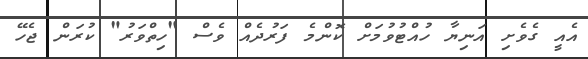
އެއީ ގެވެށި އަނިޔާ ހުއްޓުވުމަށް ކޮންމެ ފަރުދެއް ވެސް "ހިތްވަރު" ކުރަން ޖެހޭ